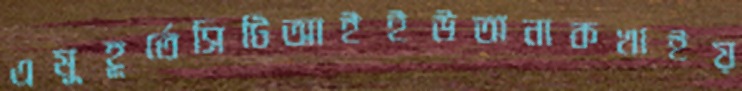
এমুহূর্তেসিটিআইইউঅনাকখাইয়